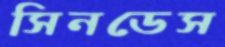
সিনডেস